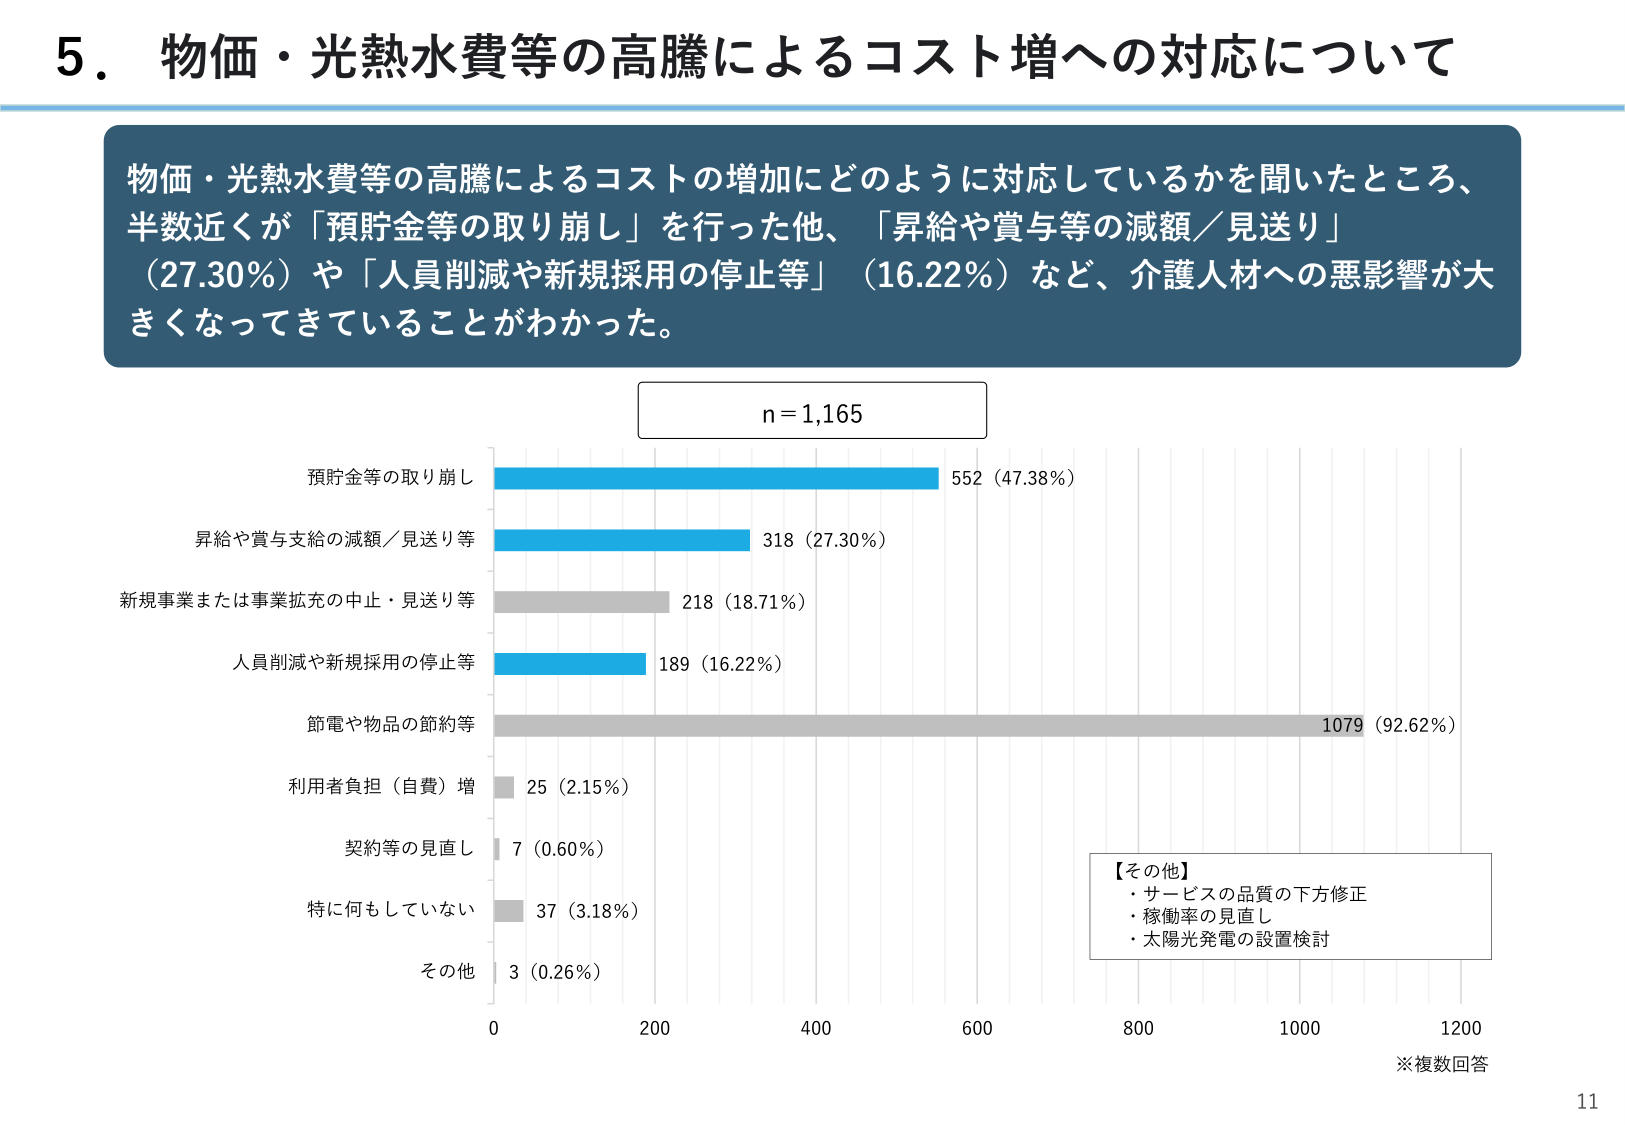
5．物価・光熱水費等の高騰によるコスト増への対応について

物価・光熱水費等の高騰によるコストの増加にどのように対応しているかを聞いたところ、
半数近くが「預貯金等の取り崩し」を行った他、「昇給や賞与等の減額／見送り」
（27.30％）や「人員削減や新規採用の停止等」（16.22％）など、介護人材への悪影響が大
きくなってきていることがわかった。

n = 1,165

預貯金等の取り崩し 552（47.38％）
昇給や賞与支給の減額／見送り等 318（27.30％）
新規事業または事業拡充の中止・見送り等 218（18.71％）
人員削減や新規採用の停止等 189（16.22％）
節電や物品の節約等 1079（92.62％）
利用者負担（自費）増 25（2.15％）
契約等の見直し 7（0.60％）
特に何もしていない 37（3.18％）
その他 3（0.26％）

【その他】
・サービスの品質の下方修正
・稼働率の見直し
・太陽光発電の設置検討

※複数回答

0 200 400 600 800 1000 1200

11